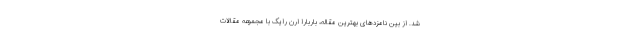
شد. از بین نامزدهای بهترین مقاله، باربارا ارن رایک با مجموعه مقالات